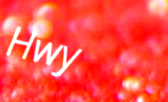
Hwy